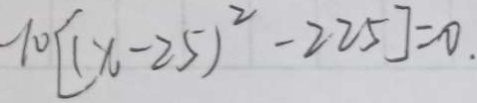
- 1 0 [ ( x - 2 5 ) ^ { 2 } - 2 2 5 ] = 0 .